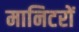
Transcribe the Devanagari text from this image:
मानिटरों